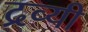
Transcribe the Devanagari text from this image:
द्रव्यी